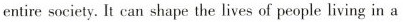
entire society. It can shape the lives of people living in a